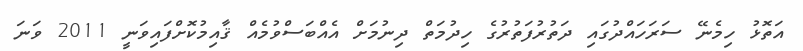
އަތޮޅު ހިމެނޭ ސަރަހައްދުގައި ދަތުރުފަތުރުގެ ހިދުމަތް ދިނުމަށް އެއްބަސްވުމެއް ޤާއިމުކޮށްފައިވަނީ 2011 ވަނަ